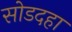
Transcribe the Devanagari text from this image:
सोडदहा